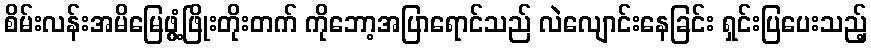
စိမ်းလန်းအမိမြေဖွံ့ဖြိုးတိုးတက် ကိုဘော့အပြာရောင်သည် လဲလျောင်းနေခြင်း ရှင်းပြပေးသည့်